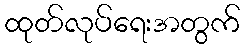
ထုတ်လုပ်ရေးအတွက်